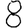
Digit: 8